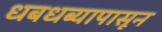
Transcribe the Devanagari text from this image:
धबधब्यापासून